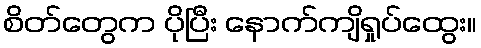
စိတ်တွေက ပိုပြီး နောက်ကျိရှုပ်ထွေး။